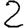
Digit: 2